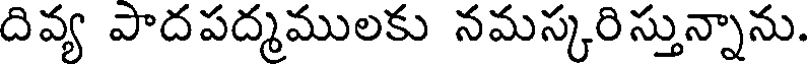
దివ్య పాదపద్మములకు నమస్కరిస్తున్నాను.